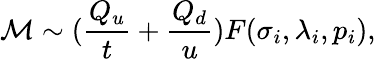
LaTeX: {\cal M}\sim({\frac{Q_{u}}{t}}+{\frac{Q_{d}}{u}})F(\sigma_{i},\lambda_{i},p_{i}),